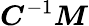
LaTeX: {\boldsymbol{C}}^{-1}{\boldsymbol{\mathit{M}}}